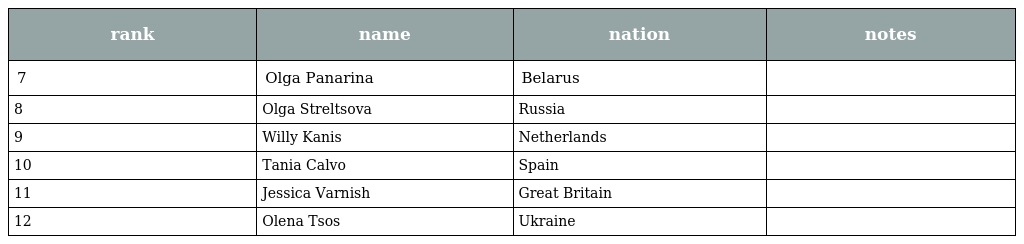
| rank | name | nation | notes |
 | --- | --- | --- | --- |
 | 7 | Olga Panarina | Belarus |  |
 | 8 | Olga Streltsova | Russia |  |
 | 9 | Willy Kanis | Netherlands |  |
 | 10 | Tania Calvo | Spain |  |
 | 11 | Jessica Varnish | Great Britain |  |
 | 12 | Olena Tsos | Ukraine |  |